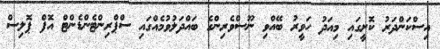
އިސްކަންދަރު ކޮށީގައި މިއަދު ހަވީރު ބޭއްވި ނޫސްވެރިންގެ ބައްދަލުވުމެއްގައި ސްޕްރިންޓެންޑެންޓް އޮފް ޕޮލިސް